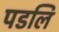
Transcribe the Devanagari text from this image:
पडलि